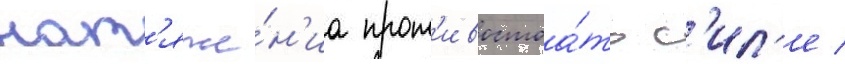
нат'яже́н'иа прот'ивостоа́ть с'ил'е /